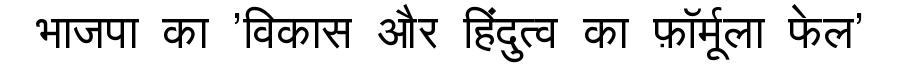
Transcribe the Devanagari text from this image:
भाजपा का 'विकास और हिंदुत्व का फ़ॉर्मूला फेल'